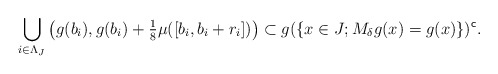
\begin{align*}\bigcup_{i \in \Lambda_J} \big(g(b_i),g(b_i)+ \tfrac{1}{8} \mu ([b_i,b_i+r_i])\big) \subset g(\{x\in J; M_{\delta} g(x)=g(x)\})^{\sf c}.\end{align*}